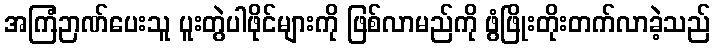
အကြံဉာဏ်ပေးသူ ပူးတွဲပါဖိုင်များကို ဖြစ်လာမည်ကို ဖွံဖြိုးတိုးတက်လာခဲ့သည်